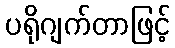
ပရိုဂျက်တာဖြင့်